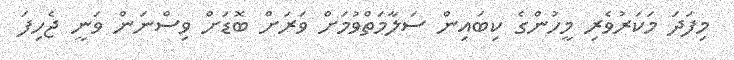
މިފަދަ މަކަރުވެރި މީހުންގެ ކިބައިން ސަލާމަތްވުމަށް ވަރަށް ބޮޑަށް ވިސްނަން ވަނީ ޖެހިފަ